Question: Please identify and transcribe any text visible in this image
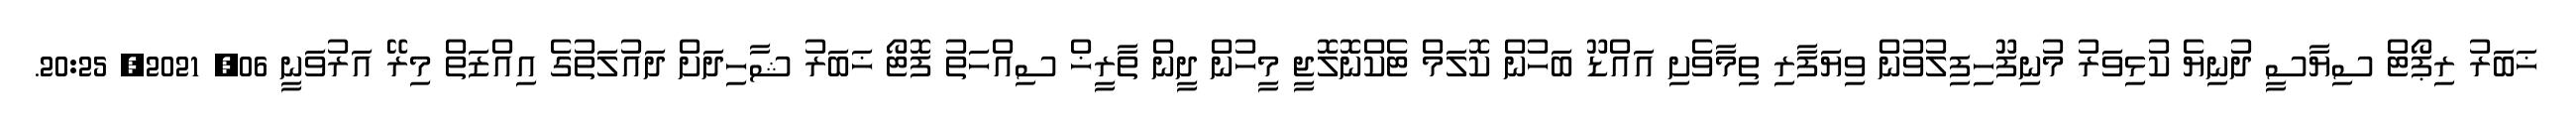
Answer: ޚަބަރު ރިޕޯޓް ސިޔާސީ ދުނިޔެ ކުޅިވަރު މުނިފޫހިފިލުވުން ވިޔަފާރި ތިމާވެށި އައްޑޫ ބަހުން ކޮލަމް ޓެކްނޮލޮޖީ މީހުން ދީން ތާރީޚް ސިއްހަތު ފޮޓޯ ޚަބަރު ޝާހިދަށް ދައުލަތުގެ އިއްޒަތް މިރޭ އަރުވަނީ 06, 2021, 20:25.